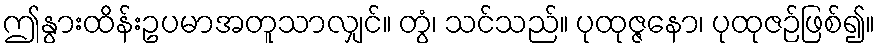
ဤနွားထိန်းဥပမာအတူသာလျှင်။ တွံ၊ သင်သည်။ ပုထုဇ္ဇနော၊ ပုထုဇဉ်ဖြစ်၍။